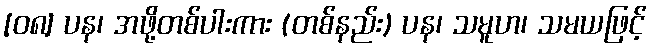
[၀၈] ပန၊ အဖို့တစ်ပါးကား (တစ်နည်း) ပန၊ သမူဟ၊ သမယဖြင့်